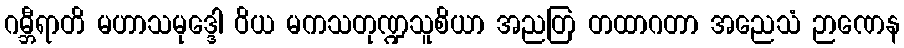
ဂမ္ဘီရာတိ မဟာသမုဒ္ဒေါ ဝိယ မကသတုဏ္ဍသူစိယာ အညတြ တထာဂတာ အညေသံ ဉာဏေန